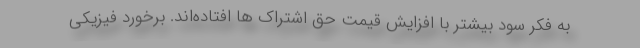
به فکر سود بیشتر با افزایش قیمت حق اشتراک ها افتاده‌اند. برخورد فیزیکی